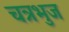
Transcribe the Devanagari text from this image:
चत्रभुज